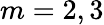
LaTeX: m=2,3